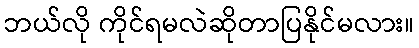
ဘယ်လို ကိုင်ရမလဲဆိုတာပြနိုင်မလား။